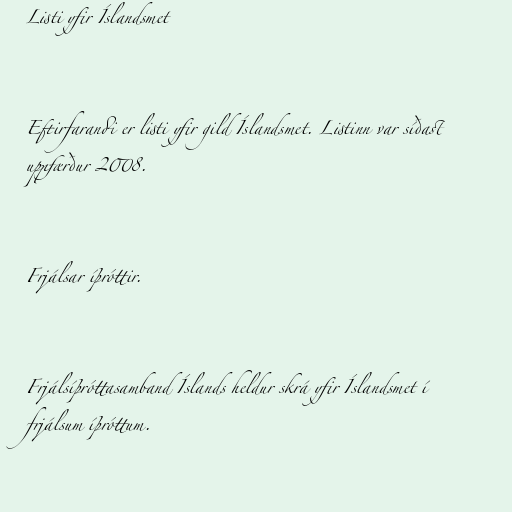
Listi yfir Íslandsmet

Eftirfarandi er listi yfir gild Íslandsmet. Listinn var síðast
uppfærður 2008.

Frjálsar íþróttir.

Frjálsíþróttasamband Íslands heldur skrá yfir Íslandsmet í
frjálsum íþróttum.